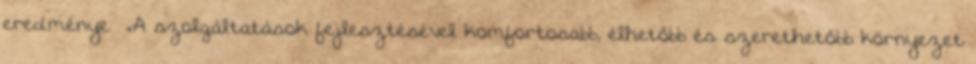
eredménye ▪„A szolgáltatások fejlesztésével komfortosabb, élhetőbb és szerethetőbb környezet